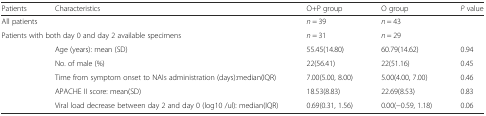
| Patients | Characteristics | O+P group | O group | P value |
 | --- | --- | --- | --- | --- |
 | <COLSPAN=2> All patients | n = 39 | n = 43 |  |
 | <COLSPAN=2> Patients with both day 0 and day 2 available specimens | n = 31 | n = 29 |  |
 |  | Age (years): mean (SD) | 55.45(14.80) | 60.79(14.62) | 0.94 |
 |  | No. of male (%) | 22(56.41) | 22(51.16) | 0.45 |
 |  | Time from symptom onset to NAIs administration (days):median(IQR) | 7.00(5.00, 8.00) | 5.00(4.00, 7.00) | 0.46 |
 |  | APACHE II score: mean(SD) | 18.53(8.83) | 22.69(8.53) | 0.83 |
 |  | Viral load decrease between day 2 and day 0 (log10 /ul): median(IQR) | 0.69(0.31, 1.56) | 0.00(−0.59, 1.18) | 0.06 |